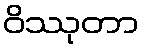
ဝိဿုတာ